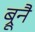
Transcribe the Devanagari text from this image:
ब्रूनै